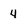
Character: 4